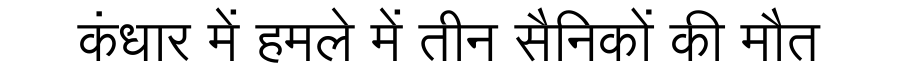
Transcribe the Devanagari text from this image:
कंधार में हमले में तीन सैनिकों की मौत